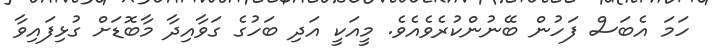
ހަމަ އެބަސް ފަހުން ބޭނުންކުރެވެއެވެ. މީއަކީ އަދި ބަހުގެ ގަވާއިދާ މާބޮޑަށް ގުޅިފައިވާ